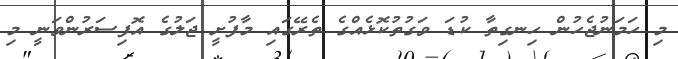
މި ހަމަނުޖެހުން ހިނގިތާ ކުޑަ ވަގުތުކޮޅެއްގެ ތެރޭގައި މާފުށީ ޖަލުގެ އޮފިސަރުންވަނީ މި